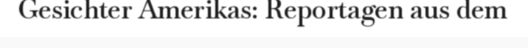
Gesichter Amerikas: Reportagen aus dem